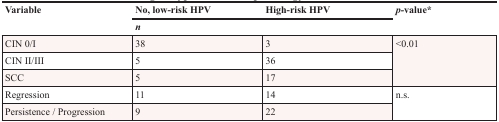
| <ROWSPAN=2> Variable | No, low-risk HPV | High-risk HPV | <ROWSPAN=2> p-value* |
 | <COLSPAN=2> n |
 | --- | --- | --- | --- |
 | CIN 0/I | 38 | 3 | <ROWSPAN=3> <0.01 |
 | CIN II/III | 5 | 36 |
 | SCC | 5 | 17 |
 | Regression | 11 | 14 | <ROWSPAN=2> n.s. |
 | Persistence / Progression | 9 | 22 |